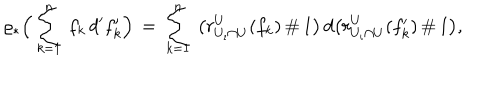
\varrho _ { * } \Big ( \sum _ { k = 1 } ^ { n } \, f _ { k } \, d ^ { \prime } f _ { k } ^ { \prime } \Big ) \, = \, \sum _ { k = 1 } ^ { n } \, \big ( r _ { U _ { \iota } \cap U } ^ { U } ( f _ { k } ) \, \# \, 1 \big ) \, d \big ( r _ { U _ { \iota } \cap U } ^ { U } ( f _ { k } ^ { \prime } ) \, \# \, 1 \big ) ,